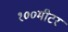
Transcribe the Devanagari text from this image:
१००मीटर